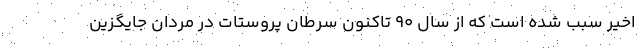
اخیر سبب شده است که از سال 90 تاکنون سرطان پروستات در مردان جایگزین